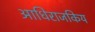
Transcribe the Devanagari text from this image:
आधिराजकिय